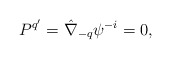
\begin{align*}P^{q'}=\hat\nabla_{-q}\psi^{-i}=0,\end{align*}